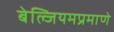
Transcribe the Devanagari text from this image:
बेल्जियमप्रमाणे